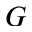
G